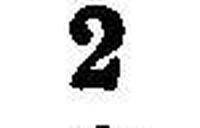
2